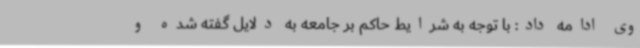
وی ادامه داد: با توجه به شرایط حاکم بر جامعه به دلایل گفته شده و